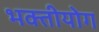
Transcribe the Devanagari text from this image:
भक्तीयोग